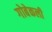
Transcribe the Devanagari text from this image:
गोबेकली